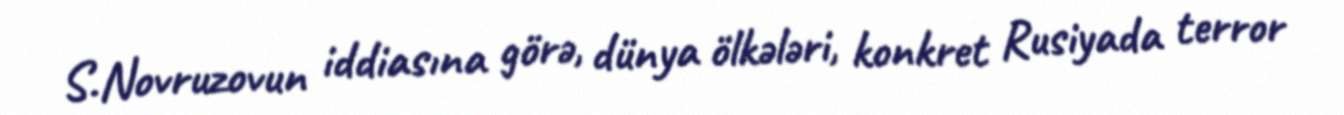
S.Novruzovun iddiasına görə, dünya ölkələri, konkret Rusiyada terror